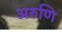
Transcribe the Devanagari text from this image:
अरुणि